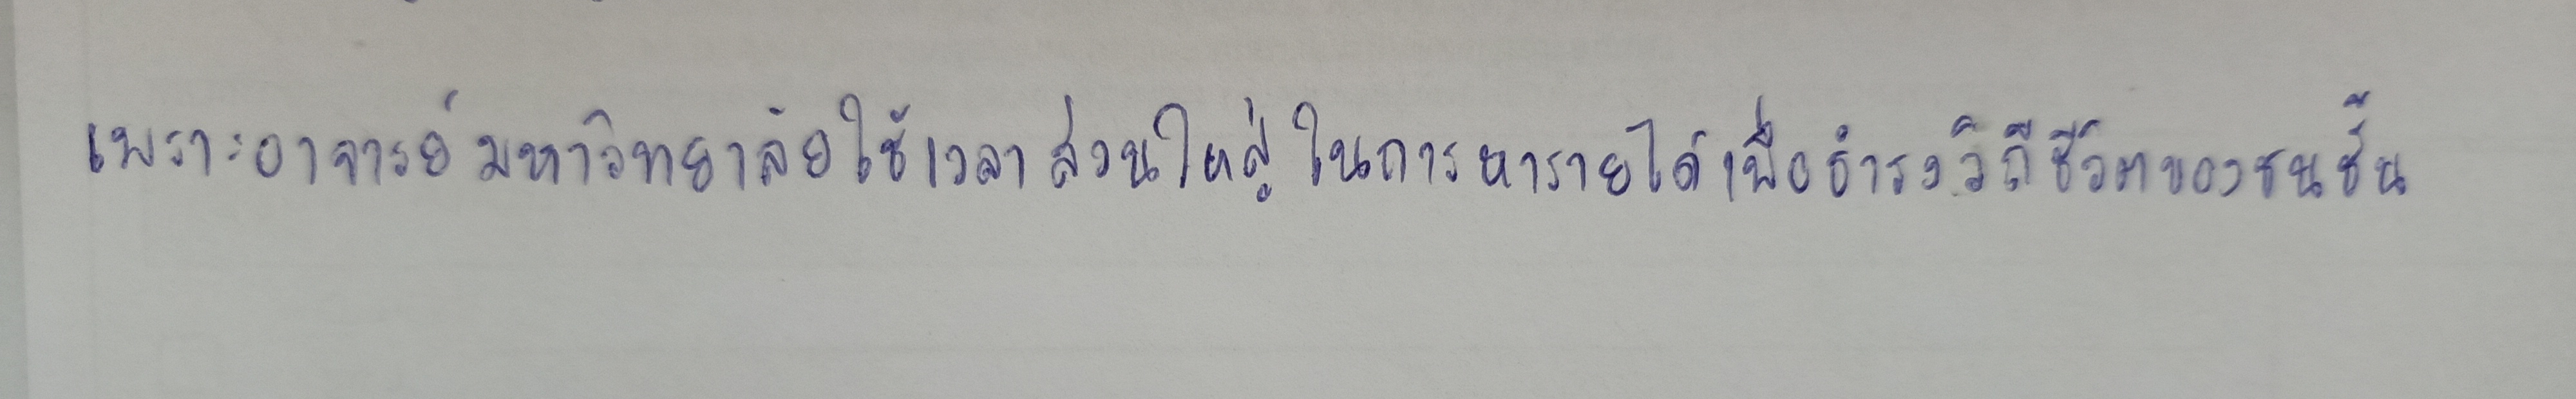
เพราะอาจารย์มหาวิทยาลัยใช้เวลาส่วนใหญ่ในการหารายได้เพื่อธำรงวิถีชีวิตของชนชั้น